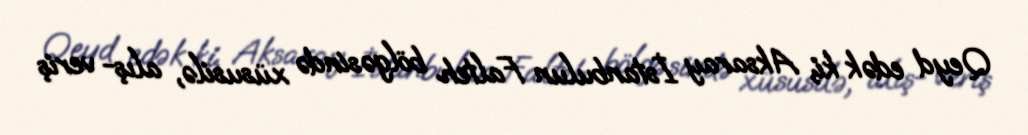
Qeyd edək ki, Aksaray İstanbulun Falteh bölgəsində xüsusilə, alış- veriş